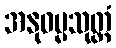
အနုဓမ္မသုတ္တံ